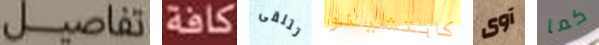
تفاصيل كافة تتلقى كابتشينو آوى كما